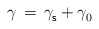
\begin{align*} \gamma \, = \, \gamma^{}_{\mathsf{s}} + \gamma^{}_{0}\end{align*}